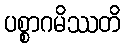
ပစ္စာဂမိဿတိ